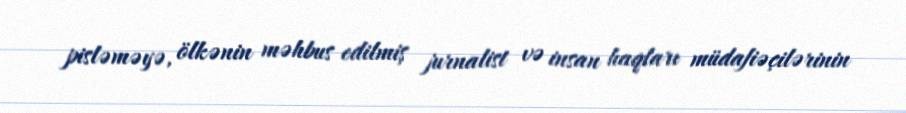
pisləməyə, ölkənin məhbus edilmiş jurnalist və insan haqları müdafiəçilərinin